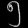
Digit: ၅